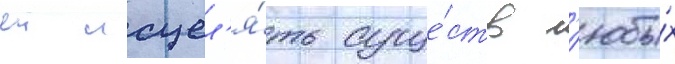
еи исцел'я́ть суще́ств л'юбы́х